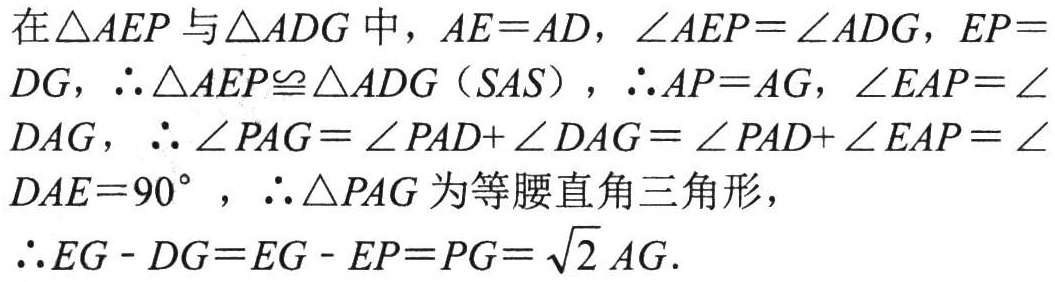
在$\triangle AEP$与$\triangle ADG$中，$AE = AD$，$\angle AEP=\angle ADG$，$EP =
DG$，$\therefore\triangle AEP\cong\triangle ADG$（SAS），$\therefore AP = AG$，$\angle EAP=\angle
DAG$，$\therefore\angle PAG=\angle PAD+\angle DAG=\angle PAD+\angle EAP=\angle
DAE = 90^{\circ}$，$\therefore\triangle PAG$为等腰直角三角形，
$\therefore EG - DG=EG - EP=PG=\sqrt{2}AG$.